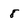
Character: 8